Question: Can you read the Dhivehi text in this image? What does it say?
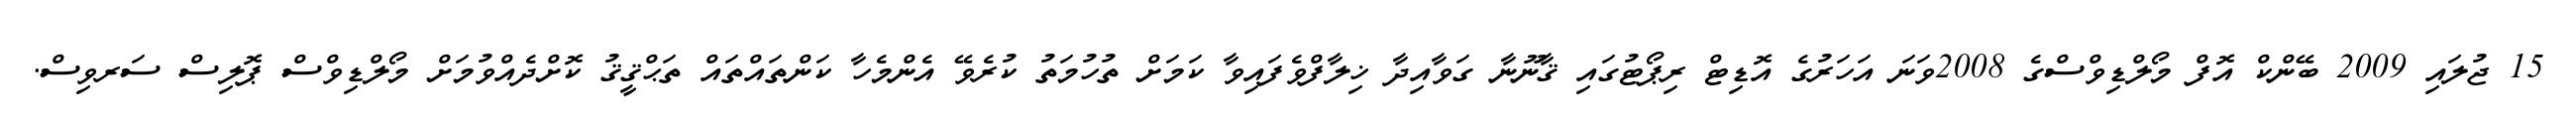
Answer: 15 ޖުލައި 2009 ބޭންކް އޮފް މޯލްޑިވްސްގެ 2008ވަނަ އަހަރުގެ އޮޑިޓް ރިޕޯޓުގައި ޤާނޫނާ ގަވާއިދާ ޚިލާފްވެފައިވާ ކަމަށް ތުހުމަތު ކުރެވޭ އެންމެހާ ކަންތައްތައް ތަޙްޤީޤު ކޮށްދެއްވުމަށް މޯލްޑިވްސް ޕޮލިސް ސަރވިސް.